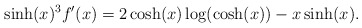
\begin{align*}\sinh (x)^3f'(x)= 2\cosh (x)\log(\cosh (x))- x\sinh(x). \end{align*}